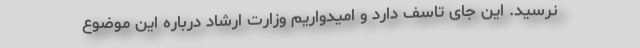
نرسید. این جای تاسف دارد و امیدواریم وزارت ارشاد درباره این موضوع